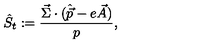
\hat { S } _ { t } : = { \frac { \vec { \Sigma } \cdot ( \hat { \vec { p } } - e \vec { A } ) } { p } } ,